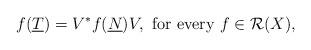
LaTeX: \begin{align*}f(\underline T)=V^*f(\underline N)V, \textup{ for every } f\in\mathcal R(X),\end{align*}